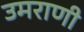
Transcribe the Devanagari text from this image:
उमराणी